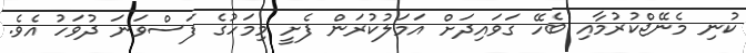
ކުނި މެނޭޖްކުރުމާއި ބެހޭ ގަވައިދަށް އަމަލުކުރަން ފެށީ މިމަހުގެ ފަސްވަނަ ދުވަހު އެވެ.